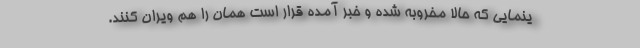
ینمایی که حالا مخروبه شده و خبر آمده قرار است همان را هم ویران کنند.